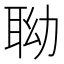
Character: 聈